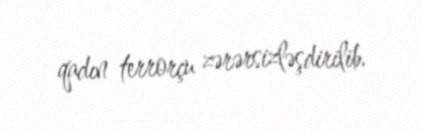
qadın terrorçu zərərsizləşdirilib.